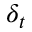
\delta _ { t }